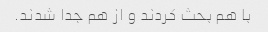
با هم بحث کردند و از هم جدا شدند.